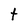
Character: t